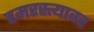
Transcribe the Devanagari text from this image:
हमरस्त्यावर